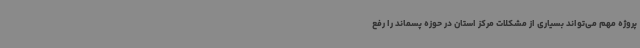
پروژه مهم می‌تواند بسیاری از مشکلات مرکز استان در حوزه پسماند را رفع